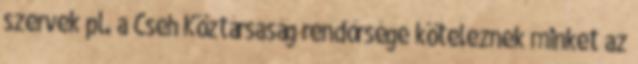
szervek pl. a Cseh Köztársaság rendőrsége köteleznek minket az